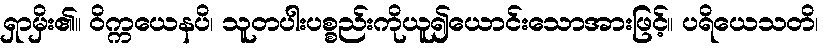
ရှာမှိး၏။ ဝိက္ကယေနပိ၊ သူတပါးပစ္စည်းကိုယူ၍ယောင်းသောအားဖြင့်။ ပရိယေသတိ၊